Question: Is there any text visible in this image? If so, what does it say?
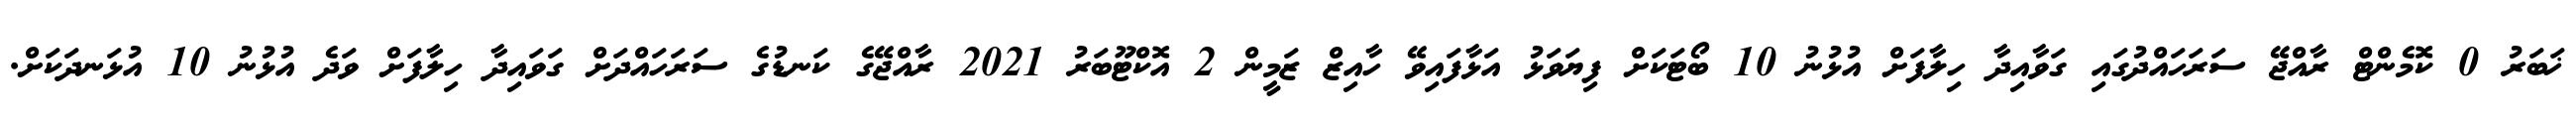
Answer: ޚަބަރު 0 ކޮމެންޓް ރާއްޖޭ ސަރަހައްދުގައި ގަވާއިދާ ހިލާފަށް އުޅުނު 10 ބޯޓަކަށް ފިޔަވަޅު އަޅާފައިވޭ ހާއިޒް ޒަމީން 2 އޮކްޓޫބަރު 2021 ރާއްޖޭގެ ކަނޑުގެ ސަރަހައްދަށް ގަވައިދާ ހިލާފަށް ވަދެ އުޅުނު 10 އުޅަނދަކަށް.